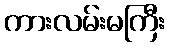
ကားလမ်းမကြီး